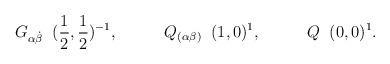
LaTeX: \begin{align*}G_{\alpha\dot\beta} \;\; (\frac{1}{2},\frac{1}{2})^{-1},\;\;\;\;\;\;\;\;\;\; Q_{(\alpha\beta)} \;\; (1,0)^1,\;\;\;\;\;\;\;\;\;\; Q \;\; (0,0)^1.\end{align*}